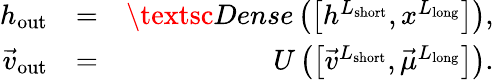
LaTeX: \begin{array}{rlr}{h_{\mathrm{out}}}&{=}&{\textsc{Dense}\left(\left[h^{L_{\mathrm{short}}},x^{L_{\mathrm{long}}}\right]\right),}\\ {\vec{v}_{\mathrm{out}}}&{=}&{U\left(\left[\vec{v}^{L_{\mathrm{short}}},\vec{\mu}^{L_{\mathrm{long}}}\right]\right).}\end{array}